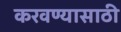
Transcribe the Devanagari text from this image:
करवण्यासाठी